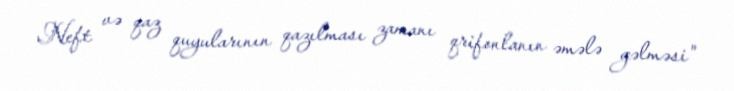
Neft və qaz quyularının qazılması zamanı qrifonlanın əmələ gəlməsi"